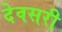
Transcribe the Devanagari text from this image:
देवसरी